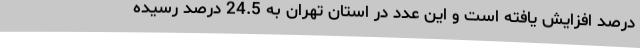
درصد افزایش یافته است و این عدد در استان تهران به 24.5 درصد رسیده